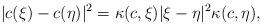
LaTeX: \begin{gather*}\vert c(\xi)-c(\eta)\vert^2 = \kappa(c,\xi) \vert \xi-\eta\vert^2 \kappa(c,\eta),\end{gather*}